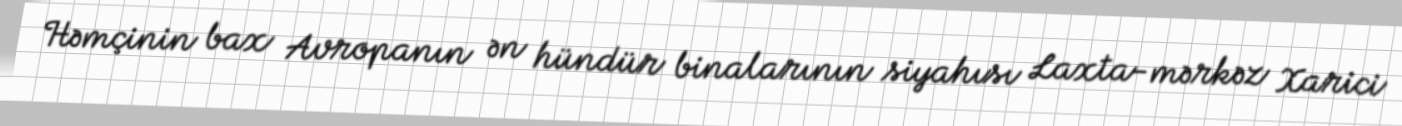
Həmçinin bax Avropanın ən hündür binalarının siyahısı Laxta-mərkəz Xarici